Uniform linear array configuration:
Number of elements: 32
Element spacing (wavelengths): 0.5
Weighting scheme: uniform
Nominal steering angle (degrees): -60
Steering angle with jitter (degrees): -60.845
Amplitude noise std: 0.05
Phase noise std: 0.05

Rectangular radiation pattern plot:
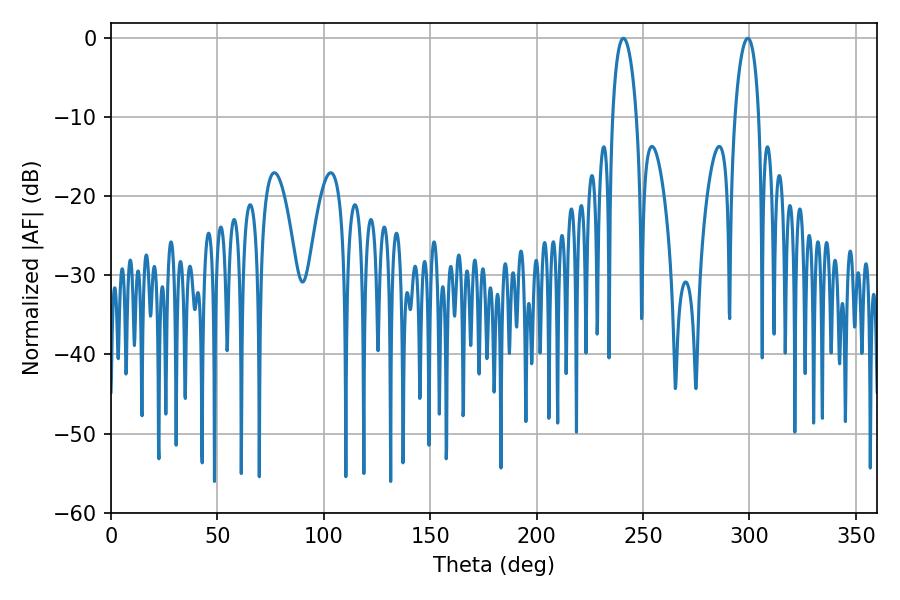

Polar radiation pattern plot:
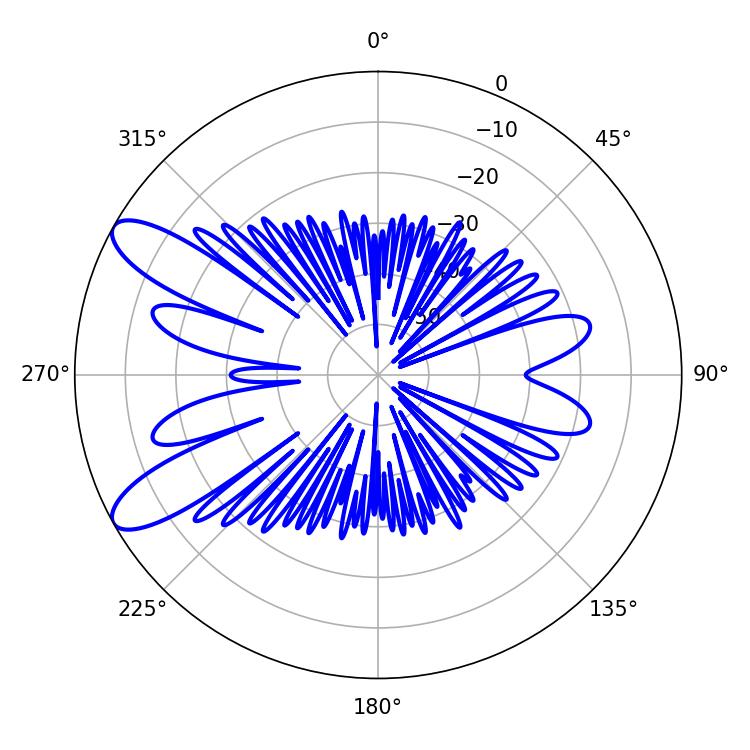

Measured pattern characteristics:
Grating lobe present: FALSE
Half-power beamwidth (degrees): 6.3
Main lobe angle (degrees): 299.16